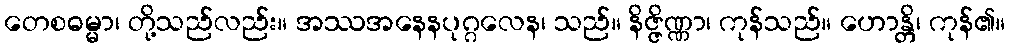
တေစဓမ္မာ၊ တို့သည်လည်း။ အဿအနေနပုဂ္ဂလေန၊ သည်။ နိဇ္ဇိဏ္ဏာ၊ ကုန်သည်။ ဟောန္တိ၊ ကုန်၏။